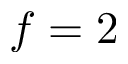
f = 2